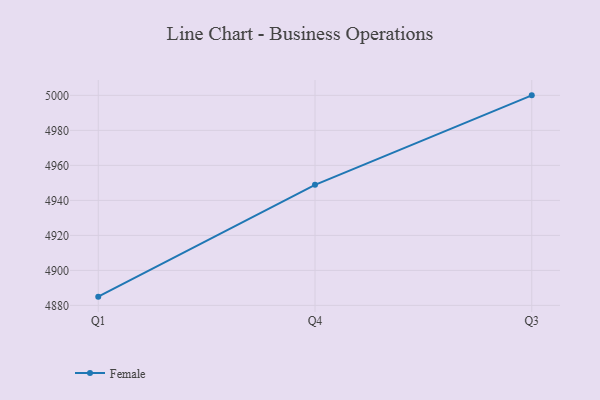
{"axis": {"x": "Quarter", "y": "Production Output"}, "legend": ["Female"], "data": [{"x": "Q1", "y": 4885.0, "type": "Female"}, {"x": "Q4", "y": 4948.9, "type": "Female"}, {"x": "Q3", "y": 5000, "type": "Female"}]}